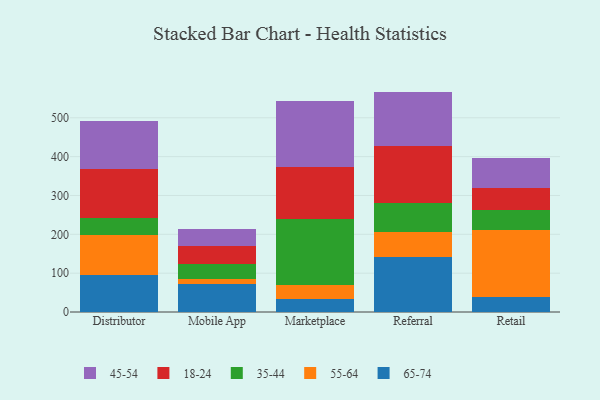
{"axis": {"x": "Channel", "y": "Energy Usage (MWh)"}, "legend": ["18-24", "35-44", "45-54", "55-64", "65-74"], "data": [{"x": "Distributor", "y": 94.5, "type": "65-74"}, {"x": "Distributor", "y": 103.1, "type": "55-64"}, {"x": "Distributor", "y": 43.4, "type": "35-44"}, {"x": "Distributor", "y": 127.0, "type": "18-24"}, {"x": "Distributor", "y": 123.2, "type": "45-54"}, {"x": "Mobile App", "y": 71.5, "type": "65-74"}, {"x": "Mobile App", "y": 12.2, "type": "55-64"}, {"x": "Mobile App", "y": 38.9, "type": "35-44"}, {"x": "Mobile App", "y": 47.6, "type": "18-24"}, {"x": "Mobile App", "y": 44.1, "type": "45-54"}, {"x": "Marketplace", "y": 32.6, "type": "65-74"}, {"x": "Marketplace", "y": 36.3, "type": "55-64"}, {"x": "Marketplace", "y": 170.1, "type": "35-44"}, {"x": "Marketplace", "y": 134.5, "type": "18-24"}, {"x": "Marketplace", "y": 168.6, "type": "45-54"}, {"x": "Referral", "y": 141.8, "type": "65-74"}, {"x": "Referral", "y": 65.2, "type": "55-64"}, {"x": "Referral", "y": 73.4, "type": "35-44"}, {"x": "Referral", "y": 147.1, "type": "18-24"}, {"x": "Referral", "y": 139.9, "type": "45-54"}, {"x": "Retail", "y": 39.2, "type": "65-74"}, {"x": "Retail", "y": 172.3, "type": "55-64"}, {"x": "Retail", "y": 51.2, "type": "35-44"}, {"x": "Retail", "y": 56.1, "type": "18-24"}, {"x": "Retail", "y": 78.7, "type": "45-54"}]}